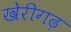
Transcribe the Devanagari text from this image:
खेरीगढ़